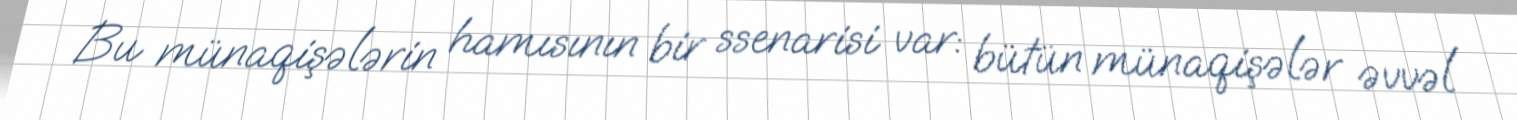
Bu münaqişələrin hamısının bir ssenarisi var: bütün münaqişələr əvvəl